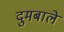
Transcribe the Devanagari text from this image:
दुमबाले